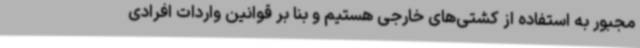
مجبور به استفاده از کشتی‌های خارجی هستیم و بنا بر قوانین واردات افرادی